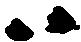
ハ